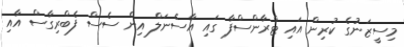
މިސީޒަނުގެ ކުރިން އައި ޓްރާންސްފާ ގައި އާސެނަލް އިން ސެސް ފެބްރިގާސް އާއި